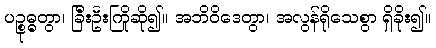
ပဉ္စုဓ္ဓတွာ၊ ခြီးဦးကြိုဆို၍။ အဘိဝိဒေတွာ၊ အလွန်ရိုသေစွာ ရှိခိုး၍။